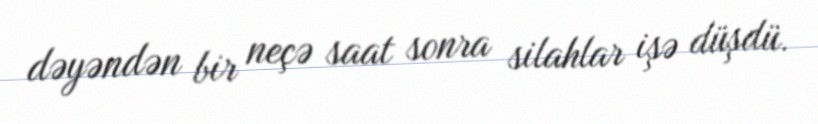
dəyəndən bir neçə saat sonra silahlar işə düşdü.